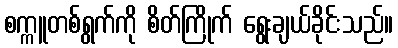
စက္ကူတစ်ရွက်ကို စိတ်ကြိုက် ရွေးချယ်ခိုင်းသည်။